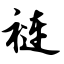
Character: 裢